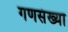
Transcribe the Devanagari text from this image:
गणसंख्या